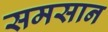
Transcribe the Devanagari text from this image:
समसान